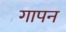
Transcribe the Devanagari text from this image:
गापन